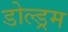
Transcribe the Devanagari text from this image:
डोल्ड्रम